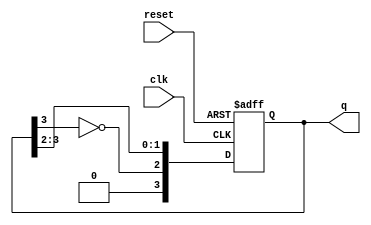
module JohnsonCounter #(parameter N = 4) (
    input wire clk,       // Clock input
    input wire reset,     // Asynchronous reset
    output reg [N-1:0] q  // Counter output
);

// Always block for the Johnson counter operation
always @(posedge clk or posedge reset) begin
    if (reset) begin
        // Asynchronous reset to zero
        q <= 0;
    end else begin
        // Johnson counter logic
        q <= {~q[N-1], q[N-1:N-2]}; // Shift and invert the last bit
    end
end

endmodule